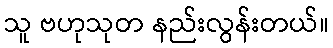
သူ ဗဟုသုတ နည်းလွန်းတယ်။